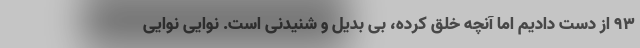
۹۳ از دست دادیم اما آنچه خلق کرده،‌ بی بدیل و شنیدنی است. نوایی نوایی